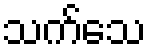
သက်သေ